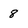
Character: 8